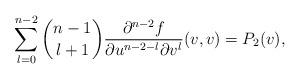
\begin{align*} \sum_{l=0}^{n-2}\binom{n-1}{l+1}\frac{\partial^{n-2}f}{\partial u^{n-2-l}\partial v^l}(v,v)=P_2(v),\end{align*}